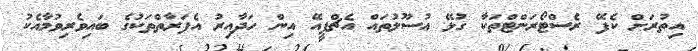
އިތުރަށް ކެފޭ ރެސްޓޯރަންޓްތަކާ ގުޅޭ އުސޫލުތައް އެޗްޕީއޭ އިން ހަދާއިރު އެފަރާތްތަކުގެ ބައިވެރިވުމާއެކު